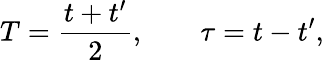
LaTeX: T=\frac{t+t^{\prime}}{2},\; \; \; \; \; \; \; \tau=t-t^{\prime},